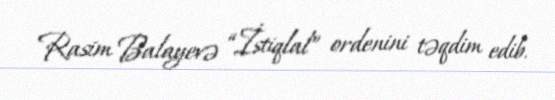
Rasim Balayevə “İstiqlal” ordenini təqdim edib.